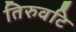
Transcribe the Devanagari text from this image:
तिरुवटि